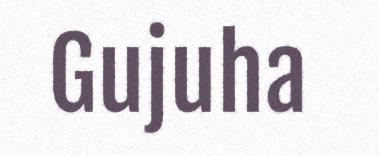
Gujuha